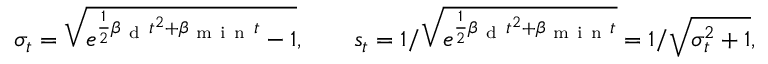
\sigma _ { t } = \sqrt { e ^ { \frac { 1 } { 2 } \beta _ { \mathrm { ~ d ~ } } t ^ { 2 } + \beta _ { \mathrm { ~ m ~ i ~ n ~ } } t } - 1 } , \qquad s _ { t } = 1 / \sqrt { e ^ { \frac { 1 } { 2 } \beta _ { \mathrm { ~ d ~ } } t ^ { 2 } + \beta _ { \mathrm { ~ m ~ i ~ n ~ } } t } } = 1 / \sqrt { \sigma _ { t } ^ { 2 } + 1 } ,